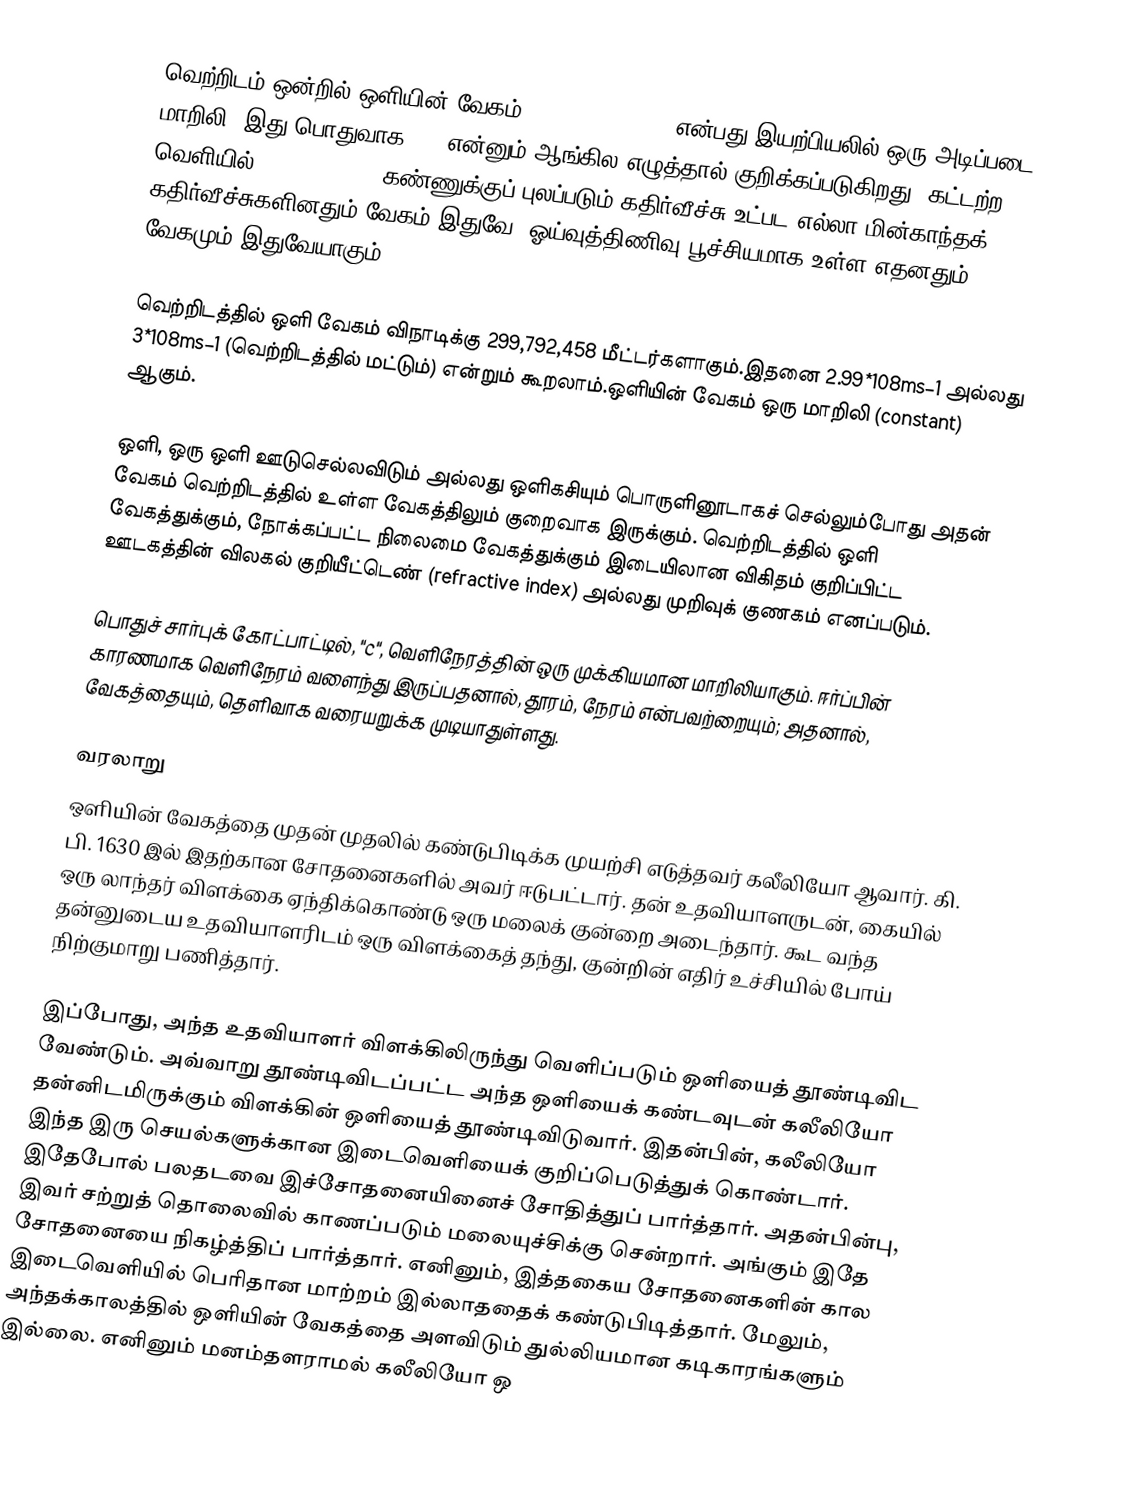
வெற்றிடம் ஒன்றில் ஒளியின் வேகம் (speed of light) என்பது இயற்பியலில் ஒரு அடிப்படை மாறிலி. இது பொதுவாக "c" என்னும் ஆங்கில எழுத்தால் குறிக்கப்படுகிறது. கட்டற்ற வெளியில் (free space), கண்ணுக்குப் புலப்படும் கதிர்வீச்சு உட்பட எல்லா மின்காந்தக் கதிர்வீச்சுகளினதும் வேகம் இதுவே. ஓய்வுத்திணிவு பூச்சியமாக உள்ள எதனதும் வேகமும் இதுவேயாகும்.

வெற்றிடத்தில் ஒளி வேகம் விநாடிக்கு 299,792,458 மீட்டர்களாகும்.இதனை 2.99*108ms−1 அல்லது 3*108ms−1 (வெற்றிடத்தில் மட்டும்)  என்றும் கூறலாம்.ஒளியின் வேகம் ஒரு மாறிலி (constant) ஆகும்.

ஒளி, ஒரு ஒளி ஊடுசெல்லவிடும் அல்லது ஒளிகசியும் பொருளினூடாகச் செல்லும்போது அதன் வேகம் வெற்றிடத்தில் உள்ள வேகத்திலும் குறைவாக இருக்கும். வெற்றிடத்தில் ஒளி வேகத்துக்கும், நோக்கப்பட்ட நிலைமை வேகத்துக்கும் இடையிலான விகிதம் குறிப்பிட்ட ஊடகத்தின் விலகல் குறியீட்டெண் (refractive index) அல்லது முறிவுக் குணகம் எனப்படும்.

பொதுச் சார்புக் கோட்பாட்டில், "c", வெளிநேரத்தின் ஒரு முக்கியமான மாறிலியாகும். ஈர்ப்பின் காரணமாக வெளிநேரம் வளைந்து இருப்பதனால், தூரம், நேரம் என்பவற்றையும்; அதனால், வேகத்தையும், தெளிவாக வரையறுக்க முடியாதுள்ளது.

வரலாறு
ஒளியின் வேகத்தை முதன் முதலில் கண்டுபிடிக்க முயற்சி எடுத்தவர் கலீலியோ ஆவார். கி. பி. 1630 இல் இதற்கான சோதனைகளில் அவர் ஈடுபட்டார். தன் உதவியாளருடன், கையில் ஒரு லாந்தர் விளக்கை ஏந்திக்கொண்டு ஒரு மலைக் குன்றை அடைந்தார். கூட வந்த தன்னுடைய உதவியாளரிடம்  ஒரு விளக்கைத் தந்து, குன்றின்  எதிர் உச்சியில் போய் நிற்குமாறு பணித்தார்.

இப்போது, அந்த உதவியாளர் விளக்கிலிருந்து வெளிப்படும் ஒளியைத் தூண்டிவிட வேண்டும். அவ்வாறு தூண்டிவிடப்பட்ட  அந்த ஒளியைக் கண்டவுடன் கலீலியோ தன்னிடமிருக்கும்  விளக்கின் ஒளியைத் தூண்டிவிடுவார். இதன்பின், கலீலியோ இந்த இரு செயல்களுக்கான இடைவெளியைக் குறிப்பெடுத்துக் கொண்டார். இதேபோல்  பலதடவை இச்சோதனையினைச் சோதித்துப் பார்த்தார். அதன்பின்பு, இவர் சற்றுத் தொலைவில் காணப்படும் மலையுச்சிக்கு சென்றார். அங்கும் இதே சோதனையை நிகழ்த்திப் பார்த்தார். எனினும், இத்தகைய சோதனைகளின் கால இடைவெளியில் பெரிதான மாற்றம் இல்லாததைக் கண்டுபிடித்தார். மேலும், அந்தக்காலத்தில் ஒளியின் வேகத்தை அளவிடும் துல்லியமான கடிகாரங்களும் இல்லை. எனினும் மனம்தளராமல் கலீலியோ ஒ